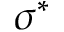
\sigma ^ { * }